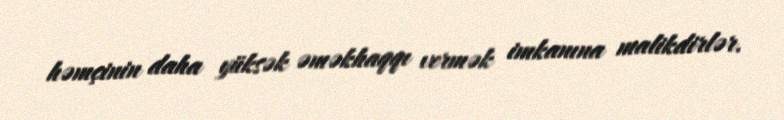
həmçinin daha yüksək əməkhaqqı vermək imkanına malikdirlər.